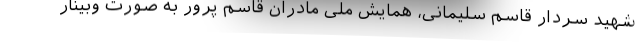
شهید سردار قاسم سلیمانی، همایش ملی مادران قاسم پرور به صورت وبینار